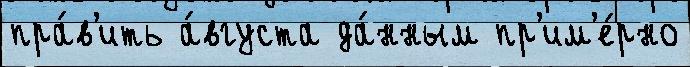
пра́в'ить а́вгуста да́нным пр'им'е́рно